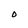
Character: O